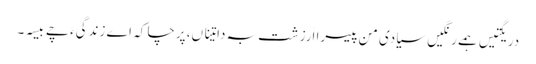
دریگتیں ہمے رنگیں سیادی من پیسرا اَرزشت بہ داتیناں، پرچا کہ اے زندگیءَ چے بیسہ۔